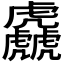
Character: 𱿗